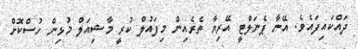
ދައްކައިފައެވެ. އޭނާ ޕެނަލްޓީ އޭރިޔާ ތެރެއިން މިފައުލް ކުރީ މާޝިއަލް މުޅިން ހުސްކޮށް